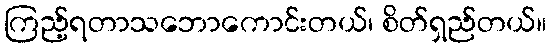
ကြည့်ရတာသဘောကောင်းတယ်၊ စိတ်ရှည်တယ်။